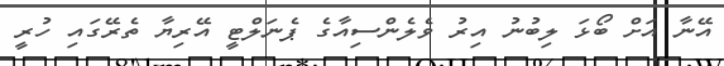
އޭނާ އަށް ބޯޅަ ލިބުނު އިރު ވެލެންސިއާގެ ޕެނަލްޓީ އޭރިޔާ ތެރޭގައި ހުރީ